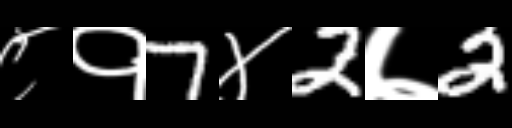
Text: ८१7४2७2